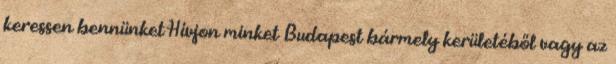
keressen bennünket Hívjon minket Budapest bármely kerületéből vagy az